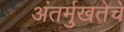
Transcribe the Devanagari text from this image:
अंतर्मुखतेचे